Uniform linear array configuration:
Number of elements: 32
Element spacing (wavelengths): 0.25
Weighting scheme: cosine
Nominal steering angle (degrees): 30
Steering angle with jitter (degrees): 30.864
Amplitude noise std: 0.05
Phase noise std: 0.05

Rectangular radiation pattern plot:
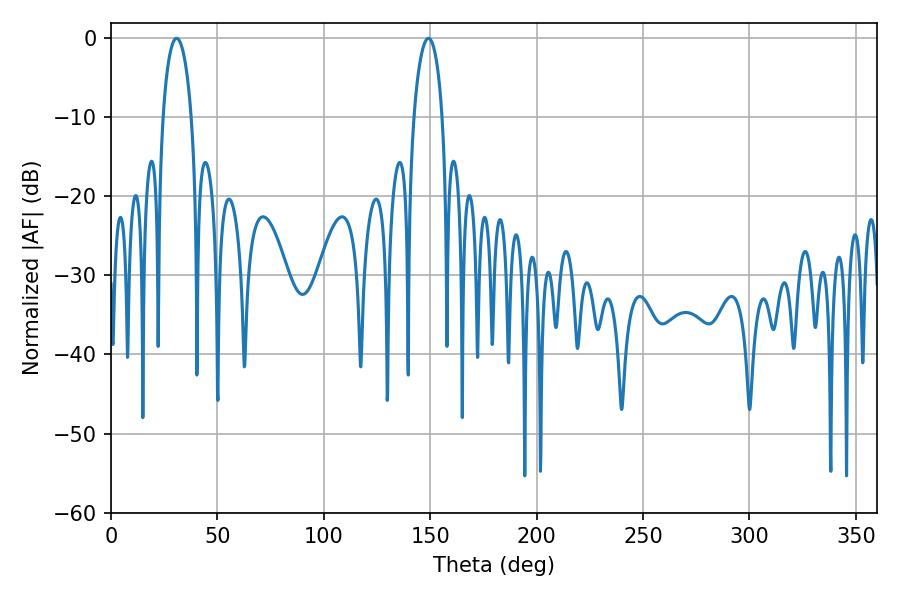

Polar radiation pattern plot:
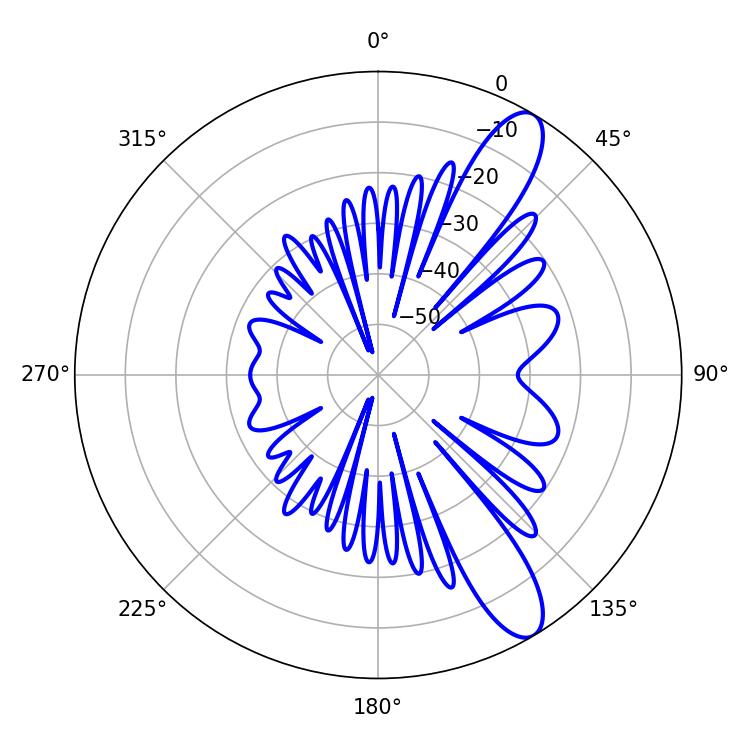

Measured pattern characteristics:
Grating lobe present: FALSE
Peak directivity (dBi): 11.213
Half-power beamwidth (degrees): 7.56
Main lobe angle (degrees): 30.78